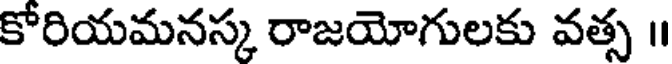
కోరియమనస్క రాజయోగులకు వత్స ॥